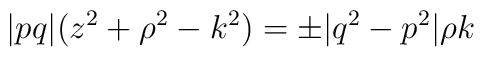
\vert pq \vert (z^2 + \rho ^2 - k^2) = \pm\vert q^2 - p^2 \vert \rho k